Report on the cholera epidemic of
Year: 1868
Disease focus: Cholera
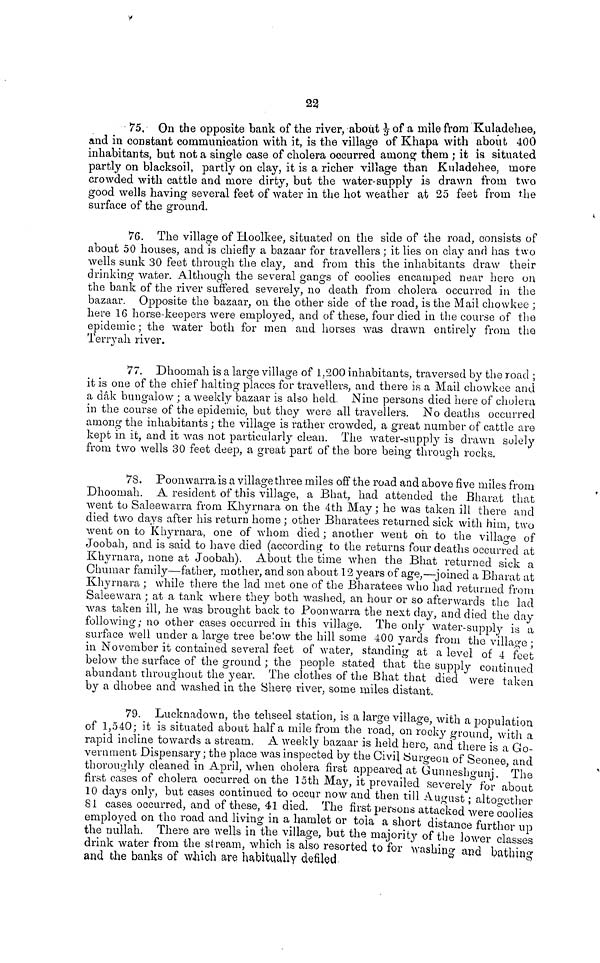
23
75. On the opposite bank of the river, about of a mile from Kuladehee,
and in constant communication with it, is the village of Khapa with about 400
inhabitants, but not a single case of cholera occurred among them ; it is situated
partly on blacksoil, partly on clay, it is a richer village than Kuladehee, more
crowded with cattle and more dirty, but the water-supply is drawn from two
good wells having several feet of water in the hot weather at 25 feet from the
surface of the ground.
76. The village of Hoolkee, situated on the side of the road, consists of
about 50 houses, and is chiefly a bazaar for travellers ; it lies on clay and has two
wells sunk 30 feet through the clay, and from this the inhabitants draw their
drinking water. Although the several gangs of coolies encamped near here on
the bank of the river suffered severely, no death from cholera occurred in the
bazaar. Opposite the bazaar, on the other side of the road, is the Mail chowkee ;
here 16 horse-keepers were employed, and of these, four died in the course of the
epidemic ; the water both for men and horses was drawn entirely from the
Terry ah river.
77. Dhoomah is a large village of 1,200 inhabitants, traversed by the road ;
it is one of the chief halting places for travellers, and there is a Mail chowkee and
a dâk bungalow ; a weekly bazaar is also held Nine persons died here of cholera
in the course of the epidemic, but they were all travellers. No deaths occurred
among the inhabitants ; the village is rather crowded, a great number of cattle are
kept in it, and it was not particularly clean. The water-supply is drawn solely
from two wells 30 feet deep, a great part of the bore being through rocks.
78. Poonwarra is a village three miles off the road and above five miles from
Dhoomah. A resident of this village, a Bhat, had attended the Bharat that
went to Saleewarra from Khyrnara on the 4th May ; he was taken ill there and
died two days after his return home ; other Bharatees returned sick with him, two
went on to Khyrnara, one of whom died ; another went oh to the village of
Joobah, and is said to have died (according to the returns four deaths occurred at
Khyrnara, none at Joobah). About the time when the Bhat returned sick a
Chumar family—father, mother, and son about 12 years of age,—joined a Bharat at
Khyrnara ; while there the lad met one of the Bharatees who had returned from
Saleewara ; at a tank where they both washed, an hour or so afterwards the lad
was taken ill, he was brought back to Poonwarra the next day, and died the day
following; no other cases occurred in this village. The only water-supply is a
surface well under a large tree below the hill some 400 yards from the village;
in November it contained several feet of water, standing at a level of 4 feet
below the surface of the ground ; the people stated that the supply continued
abundant throughout the year. The clothes of the Bhat that died were taken
by a dhobee and washed in the Shere river, some miles distant.
79. Lucknadown, the tehseel station, is a large village, with a population
of 1,540 ; it is situated about half a mile from the road, on rooky ground with a
rapid incline towards a stream. A weekly bazaar is held here, and there is a Go-
vernment Dispensary ; the place was inspected by the Civil Surgeon of Seonee and
thoroughly cleaned in April, when cholera first appeared at Gunneshgunj. The
first cases of cholera occurred on the 15th May, it prevailed severely for about
10 days only, but cases continued to occur now and then till August ; altogether
81 cases occurred, and of these, 41 died. The first persons attacked were coolies
employed on the road and living in a hamlet or tola a short distance further up
the nullah. There are wells in the village, but the majority of the lower classes
drink water from the stream, which is also resorted to for washing and bathing
and the banks of which are habitually defiled